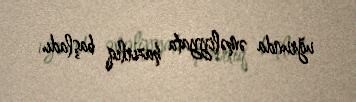
uğrunda əməliyyata hazırlıq başladı.